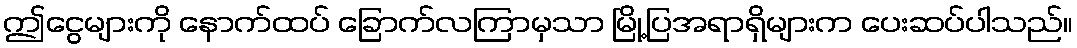
ဤငွေများကို နောက်ထပ် ခြောက်လကြာမှသာ မြို့ပြအရာရှိများက ပေးဆပ်ပါသည်။